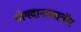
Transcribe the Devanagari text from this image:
योगदानाखातीर